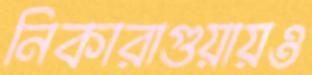
নিকারাগুয়ায়ও